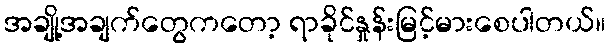
အချို့အချက်တွေကတော့ ရာခိုင်နှုန်းမြင့်မားစေပါတယ်။